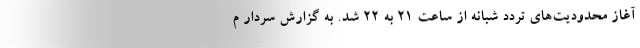
آغاز محدودیت‌های تردد شبانه از ساعت ۲۱ به ۲۲ شد. به گزارش سردار م